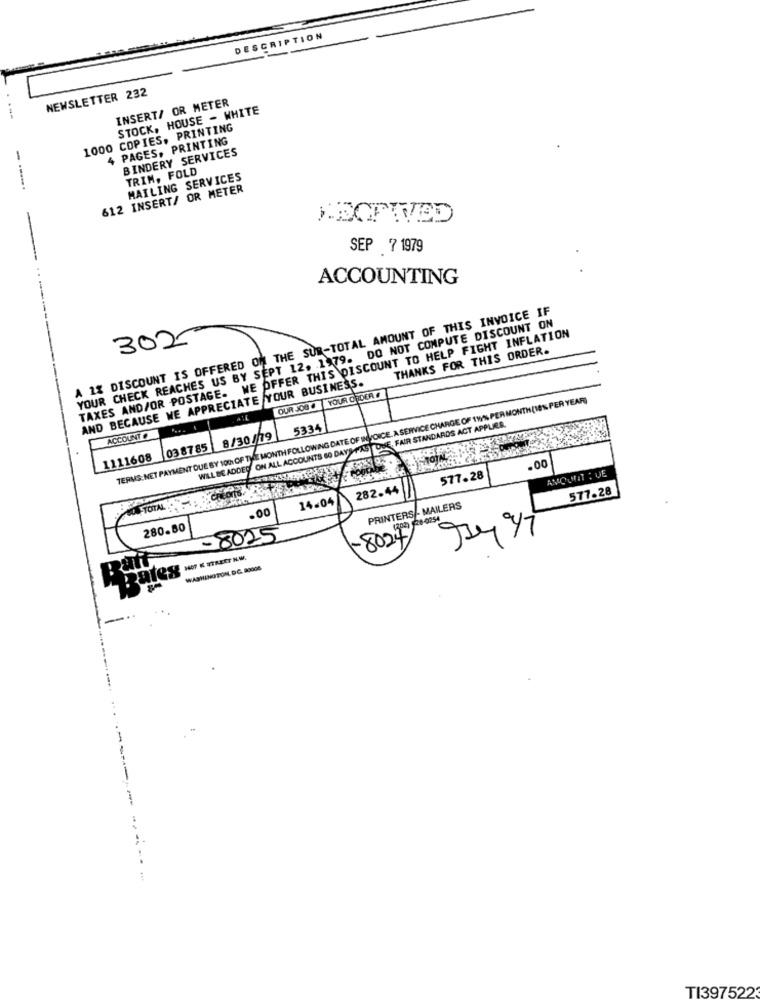
DESCRIPTION
NEWSLETTER 232
. .
INSERT/ OR METER
STOCK, HOUSE - WHITE
1000 COPIES, PRINTING
4 PAGES, PRINTING
BINDERY SERVICES
TRIM, FOLD
MAILING SERVICES
---.
612 INSERT/ OR METER
-
SEP 7 1979
ACCOUNTING
A 1% DISCOUNT IS OFFERED ON THE SUR-TOTAL AMOUNT OF THIS INVOICE IF
YOUR CHECK REACHES US BY SEPT 12. 1979. DO NOT COMPUTE DISCOUNT ON
TAXES AND/OR POSTAGE. WE OFFER THIS DISCOUNT TO HELP FIGHT INFLATION
302
THANKS FOR THIS ORDER.
AND BECAUSE WE APPRECIATE YOUR BUSINESS.
TERMS:NET PAYMENT DUE BY 1001 OF THE MONTH FOLLOWING DATE OF INVOICE. A SERVICE CHARGE OF 1W% PER MONTH(18% PER YEAR)
OUR JOB # YOUR CIDER
WILL BE ADDED ON ALL ACCOUNTS SO DAYS-FAST DUE, FAIR STANDARDS ACT APPLIES.
5334|
ACCOUNT O
8/30/19
03 87 85
1111608
.00
AMOUNT : VE
577.28
282.44|
577.28
14-04
.00
PRINTERS - MAILERS
20-0254
280-80
8024/ 94 /7
BON - 8025
1407 K STREET N.M.
WASHINGTON, DC. 20008.
...
-- -
TI3975223